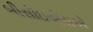
બીસીઇએસએ